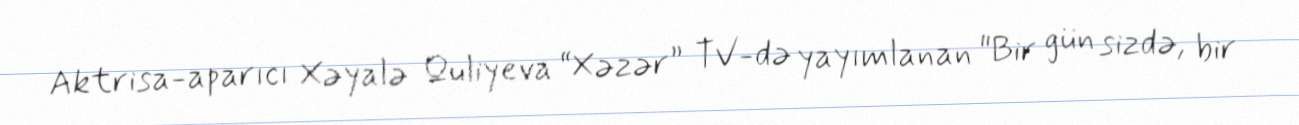
Aktrisa-aparıcı Xəyalə Quliyeva “Xəzər” TV-də yayımlanan "Bir gün sizdə, bir